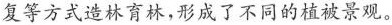
复等方式造林育林，形成了不同的植被景观。